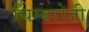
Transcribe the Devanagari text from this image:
चिम्बरोजी